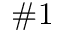
\# 1